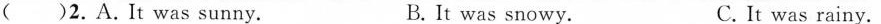
( )2.A.It was sunny. B.It was snowy. C. It was rainy.